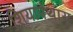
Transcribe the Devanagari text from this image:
शियापंथाय